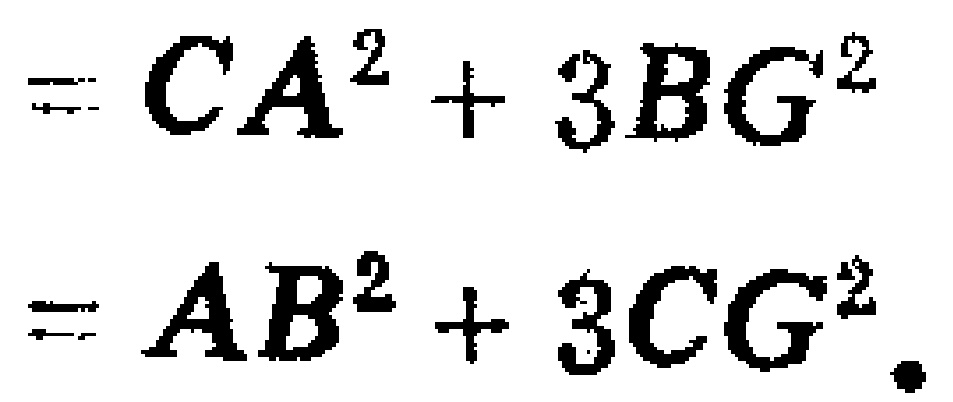
\[
\begin{align*}
&=CA^{2}+3BG^{2}\\
&=AB^{2}+3CG^{2}.
\end{align*}
\]